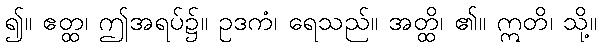
၍။ ဧတ္ထ၊ ဤအရပ်၌။ ဥဒကံ၊ ရေသည်။ အတ္ထိ၊ ၏။ ဣတိ၊ သို့။